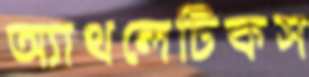
অ্যাথলেটিকস